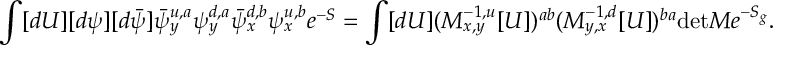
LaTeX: \int [ d U ] [ d \psi ] [ d \bar { \psi } ] \bar { \psi } _ { y } ^ { u , a } \psi _ { y } ^ { d , a } \bar { \psi } _ { x } ^ { d , b } \psi _ { x } ^ { u , b } e ^ { - S } = \int [ d U ] ( M _ { x , y } ^ { - 1 , u } [ U ] ) ^ { a b } ( M _ { y , x } ^ { - 1 , d } [ U ] ) ^ { b a } \mathrm { d e t } M e ^ { - S _ { g } } .